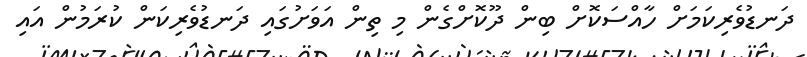
ދަނޑުވެރިކަމަށް ހާއްސަކޮށް ބިން ދޫކޮށްގެން މި ތިން އަވަށުގައި ދަނޑުވެރިކަން ކުރަމުން އައި